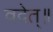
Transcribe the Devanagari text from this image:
वदेत्॥